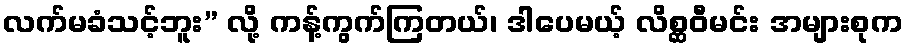
လက်မခံသင့်ဘူး” လို့ ကန့်ကွက်ကြတယ်၊ ဒါပေမယ့် လိစ္ဆဝီမင်း အများစုက